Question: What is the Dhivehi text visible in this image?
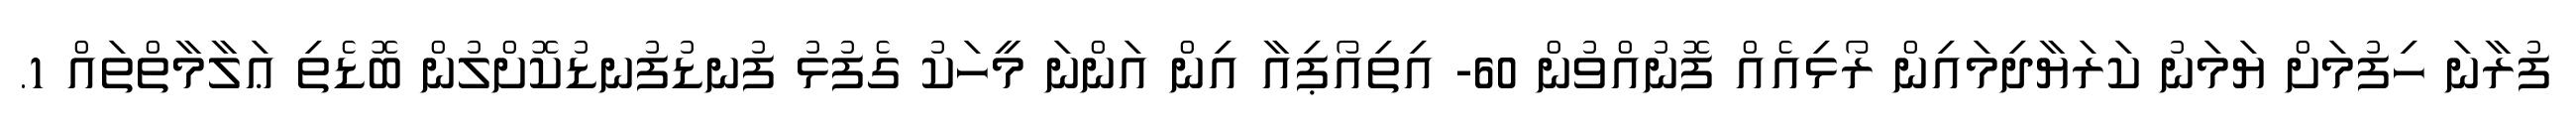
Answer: ފުރާނަ ހިފުމަށް ޔަމަނު ކަރަޔާދިމައިން ރޯޅިއެއް ފޮނުއްވުން 60- އިތިއޯޕިއާ އިން އަންނަ މީހަކު ގެފުޅު ފުނޑުފުނޑުކޮށްލުން ބޮޑެތި ޢަލާމާތްތައް 1.